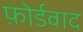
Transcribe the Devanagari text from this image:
फ़ोर्डवाद